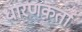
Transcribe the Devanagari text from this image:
धारणकर्ता